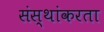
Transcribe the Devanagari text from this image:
संस्थांकरता